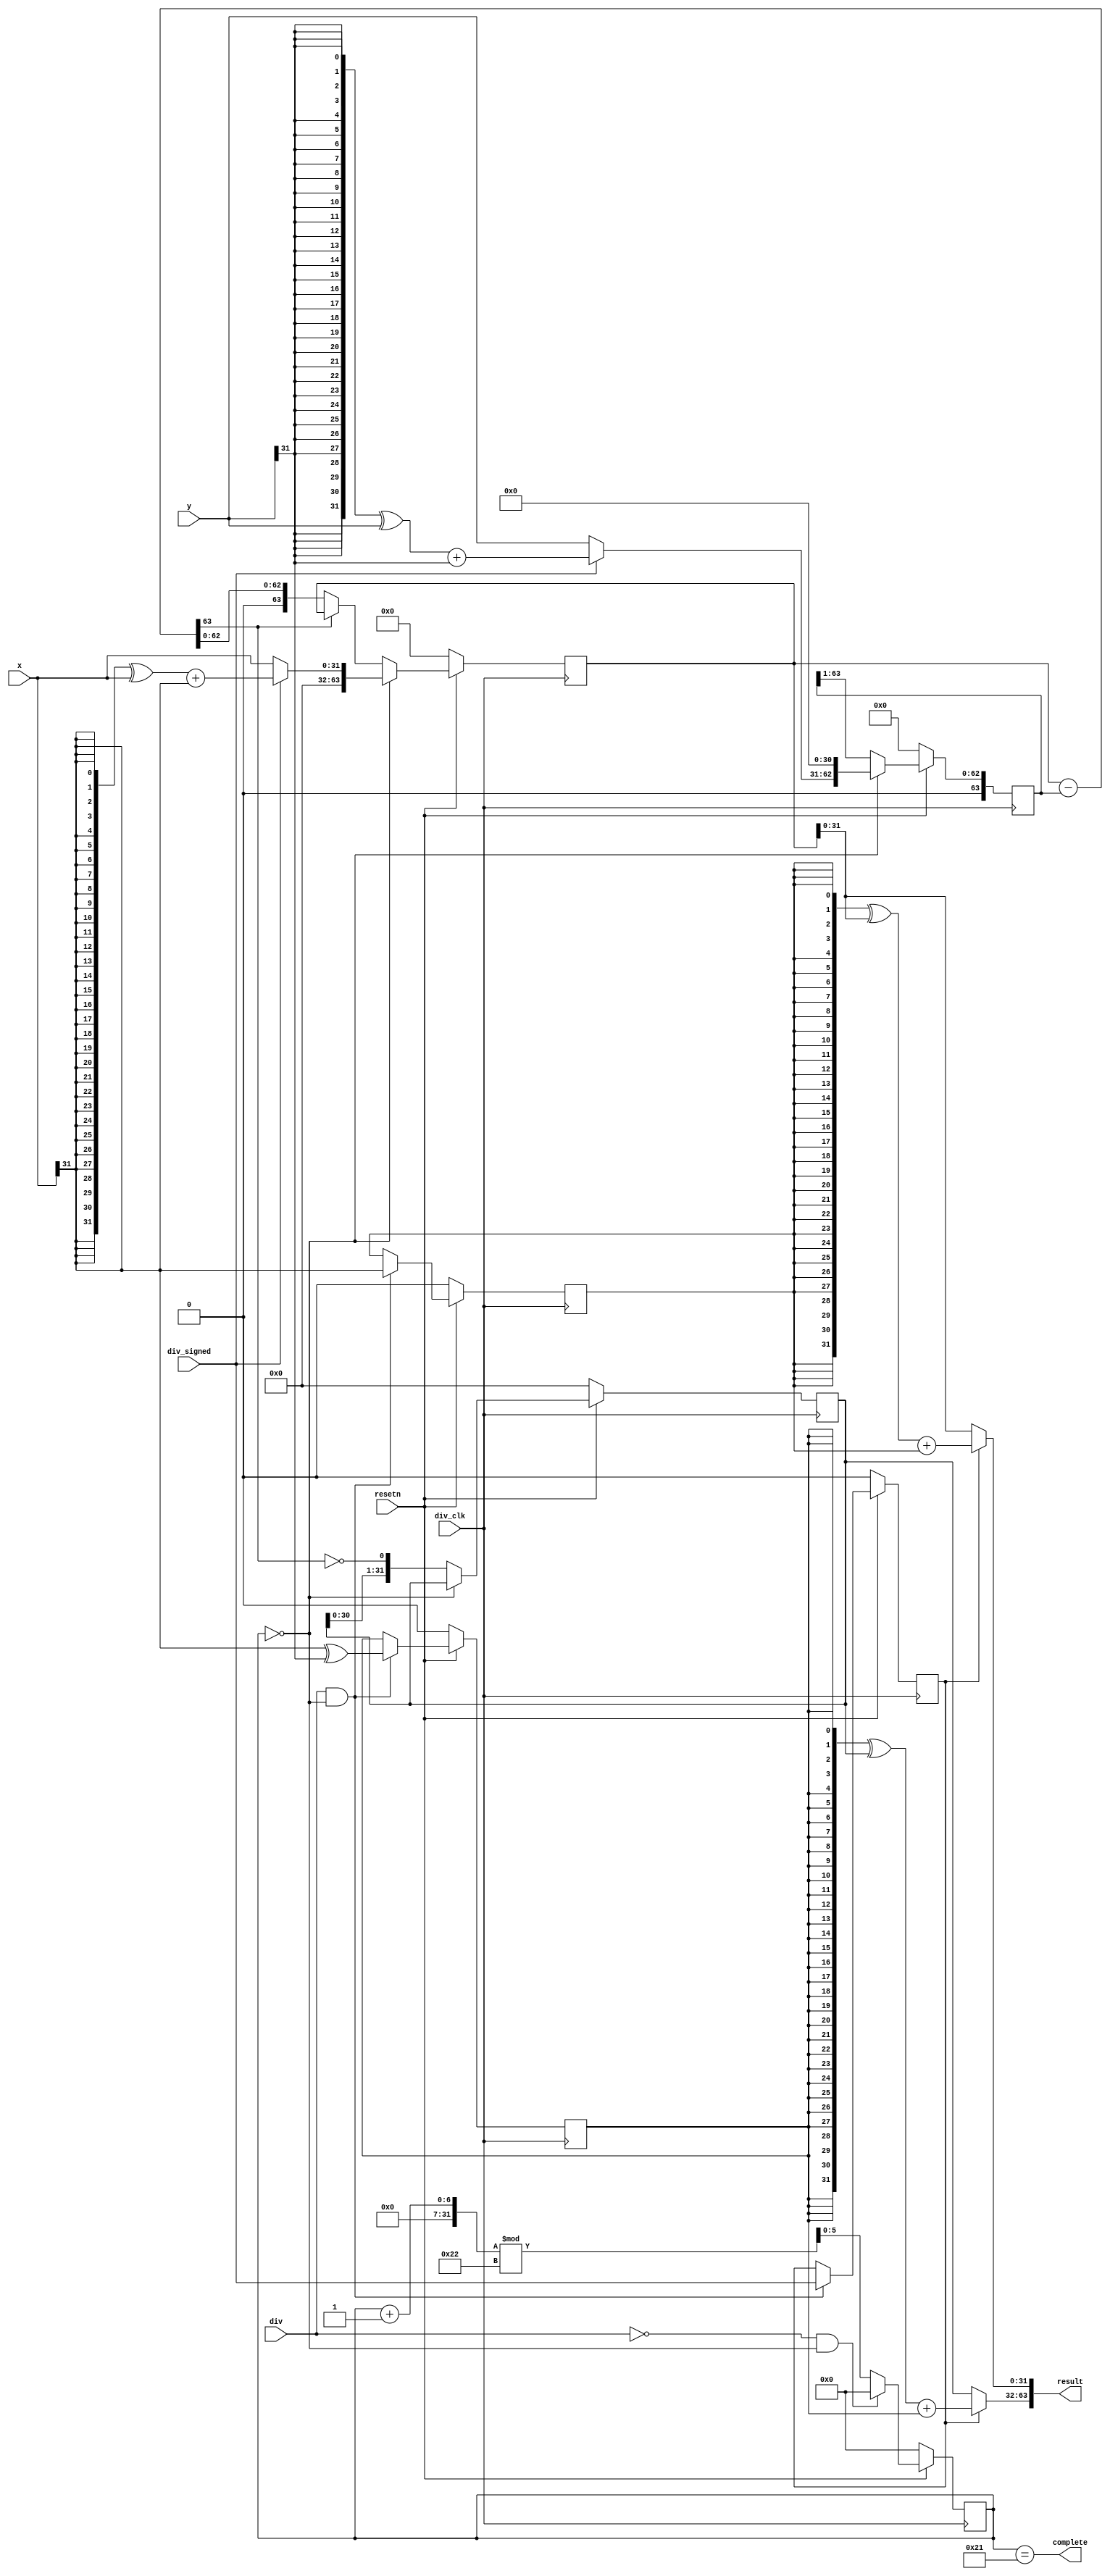
module div(
	input         resetn,
    input         div_clk,
    input         div,
    input         div_signed,

	input  [31:0] x, //x/y
	input  [31:0] y,
//	output [31:0] s, //shang
//    output [31:0] r, //remainder
    output [63:0] result,
    output        complete
);

wire [31:0] s; //shang
wire [31:0] r; //remainder

reg  [ 5:0] step;
wire        x_sig;
wire        y_sig;
wire        s_sig;
wire        r_sig;
reg         div_signed_reg;
reg         s_sig_reg;
reg         r_sig_reg;
wire [31:0] x1;
wire [31:0] y1;

wire [63:0] A;
wire [63:0] B;
reg  [63:0] A_reg;
reg  [63:0] B_reg;
reg  [31:0] s_reg;
wire [31:0] s_reg_next;

wire [63:0] dif;
wire        dif_sig;

wire [31:0] s1;
wire [31:0] r1;


always @(posedge div_clk) begin
	if (~resetn) begin
	    step <= 6'b0;
	end
	else if(~div && step==0) begin
	    step <= 6'b0;
	end
	else begin
	    step <= (step + 1)%34;
	end
end
assign complete = (step == 6'd33);

assign x_sig = x[31];
assign y_sig = y[31];
assign s_sig = x_sig ^ y_sig;
assign r_sig = x_sig;

always @(posedge div_clk) begin
	if (~resetn) begin
	    s_sig_reg <= 1'b0;
	    r_sig_reg <= 1'b0;
	    div_signed_reg <= 1'b0;
	end
	else if(div && step==0) begin
	    s_sig_reg <= s_sig;
        r_sig_reg <= r_sig;
        div_signed_reg <= div_signed;
	end
end

assign x1 = (div_signed) ? ({32{x_sig}} ^ x) + x_sig : x;
assign y1 = (div_signed) ? ({32{y_sig}} ^ y) + y_sig : y;


assign A = {32'b0, x1};
assign B = { 1'b0, y1, 31'b0};

assign dif = A_reg - B_reg;
assign dif_sig = dif[63];
assign s_reg_next = {s_reg[30:0], ~dif_sig};

always @(posedge div_clk) begin
	if (~resetn) begin
	    A_reg <= 32'b0;
	    B_reg <= 32'b0;
	    s_reg <= 32'b0;
	end
	else if (step==6'b0) begin
	    A_reg <= A;
	    B_reg <= B;		
	end
	else begin
		A_reg <= (dif_sig) ? A_reg : dif;
		B_reg <= B_reg >> 1;
		s_reg <= s_reg_next;
	end
end


assign s1 = s_reg;
assign r1 = A_reg[31:0];
assign s = (div_signed_reg) ? ({32{s_sig_reg}} ^ s1) + s_sig_reg : s1;
assign r = (div_signed_reg) ? ({32{r_sig_reg}} ^ r1) + r_sig_reg : r1;

assign result = {s, r};
endmodule